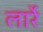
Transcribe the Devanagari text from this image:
लार्रे